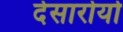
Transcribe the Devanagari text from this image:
देसारोयो